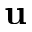
{ \bf u }